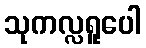
သုကလ္လရူပေါ